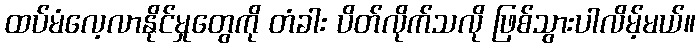
ထပ်မံလေ့လာနိုင်မှုတွေကို တံခါး ပိတ်လိုက်သလို ဖြစ်သွားပါလိမ့်မယ်။